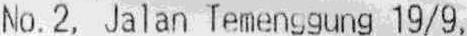
NO.2, JALAN TEMENGGUNG 19/9,